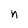
Character: n